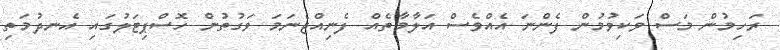
ރަހިމުން މަސް ވަކިވުމުން ފެންނަ އެއްވެސް އަލާމާތެއް ފެނިއްޖެނަމަ ވަގުތުން ހޮސްޕިޓަލުގައި އެނދުމަތި